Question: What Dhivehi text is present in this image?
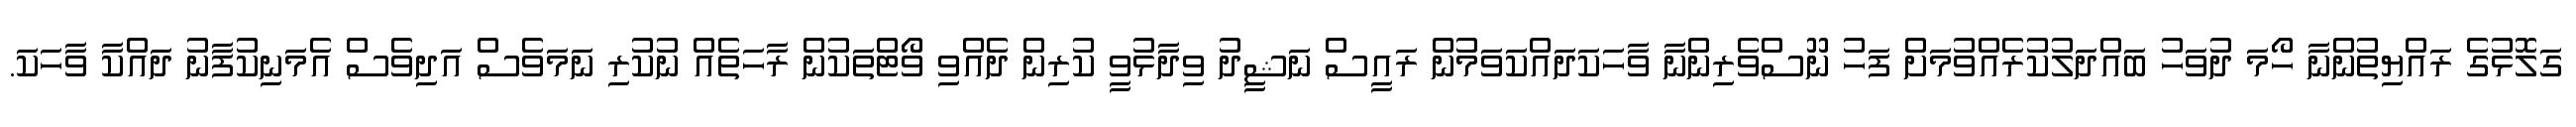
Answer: ގަލޮޅުގެ ރައްޔިތުންނާ ހޯމަ ދުވަހު ބައްދަލުކުރެއްވުމަށް ފަހު ނޫސްވެރިންނާ ވާހަކަދައްކަވަމުން ރައީސް ނަޝީދު ވިދާޅުވީ ކުރިން ދެއްވި ވޯޓްތަކުން ރާހަތެއް ނުކުރި ނަމަވެސް އަދިވެސް އެމަނިކުފާނު ދައްކާ ވާހަކަ.